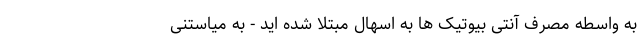
به واسطه مصرف آنتی بیوتیک ها به اسهال مبتلا شده اید - به میاستنی